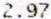
2.97